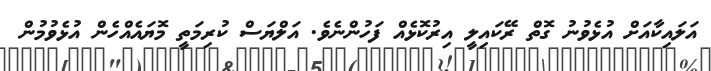
އަލައިކާއަށް އުޅެވުނު ގޮތް ރޭކައިލީ އިރުކޮޅެއް ފަހުންނެވެ. އަލްޔަސް ކުރިމަތީ މޮޔައެއްހެން އުޅެވުމުން